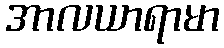
အာလယာရာမာ